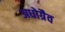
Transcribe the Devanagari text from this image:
अधोग्रैव